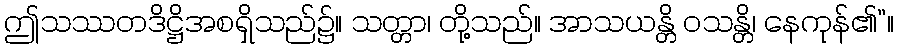
ဤသဿတဒိဋ္ဌိအစရှိသည်၌။ သတ္တာ၊ တို့သည်။ အာသယန္တိ ဝသန္တိ၊ နေကုန်၏”။